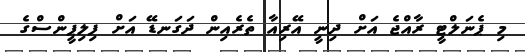
މި ޕެނަލްޓީ ރާއްޖެ އަށް ދިނީ އޭރިއާ ތެރެއިން ދަގަނޑޭ އަށް ފިލިޕީންސްގެ